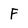
Character: F